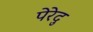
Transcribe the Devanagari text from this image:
पेरेदु